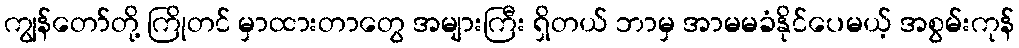
ကျွန်တော်တို့ ကြိုတင် မှာထားတာတွေ အများကြီး ရှိတယ် ဘာမှ အာမမခံနိုင်ပေမယ့် အစွမ်းကုန်